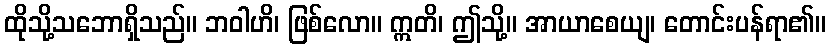
ထိုသို့သဘောရှိသည်။ ဘဝါဟိ၊ ဖြစ်လော။ ဣတိ၊ ဤသို့။ အာယာစေယျ၊ တောင်းပန်ရာ၏။